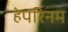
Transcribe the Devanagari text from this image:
हेपरिनम